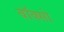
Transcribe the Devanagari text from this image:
बॉक्सो